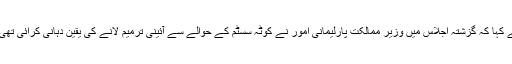
چیئرمین کمیٹی سینیٹر طاہر خان بزنجو نے کہا کہ گزشتہ اجلاس میں وزیر ممالکت پارلیمانی امور نے کوٹہ سسٹم کے حوالے سے آئینی ترمیم لانے کی یقین دہانی کرائی تھی لیکن ابھی تک اس پر عمل درآمد نہیں ہوا۔